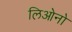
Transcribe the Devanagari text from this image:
लिओनो